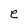
Character: e